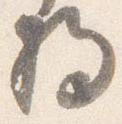
将